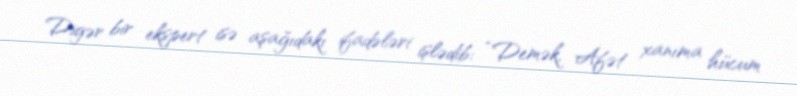
Digər bir ekspert isə aşağıdakı ifadələri işlədib: “Demək, Afət xanıma hücum